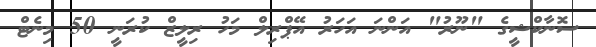
ސޮނާކްޝީގެ "ނޫރު" އަންނަ އަހަރު އޭޕްރިލް މަހު ރިލީޒް ކުރަނީ 50 މިނެޓް